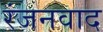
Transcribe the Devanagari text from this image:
रंजनवाद